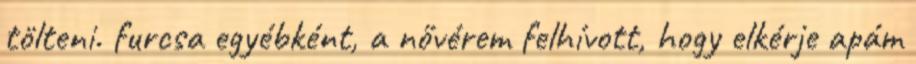
tölteni. furcsa egyébként, a nővérem felhívott, hogy elkérje apám